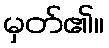
မှတ်၏။